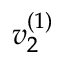
v _ { 2 } ^ { ( 1 ) }